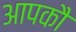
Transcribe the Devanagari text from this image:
आपकौ